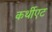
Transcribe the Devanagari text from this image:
कर्थीएट